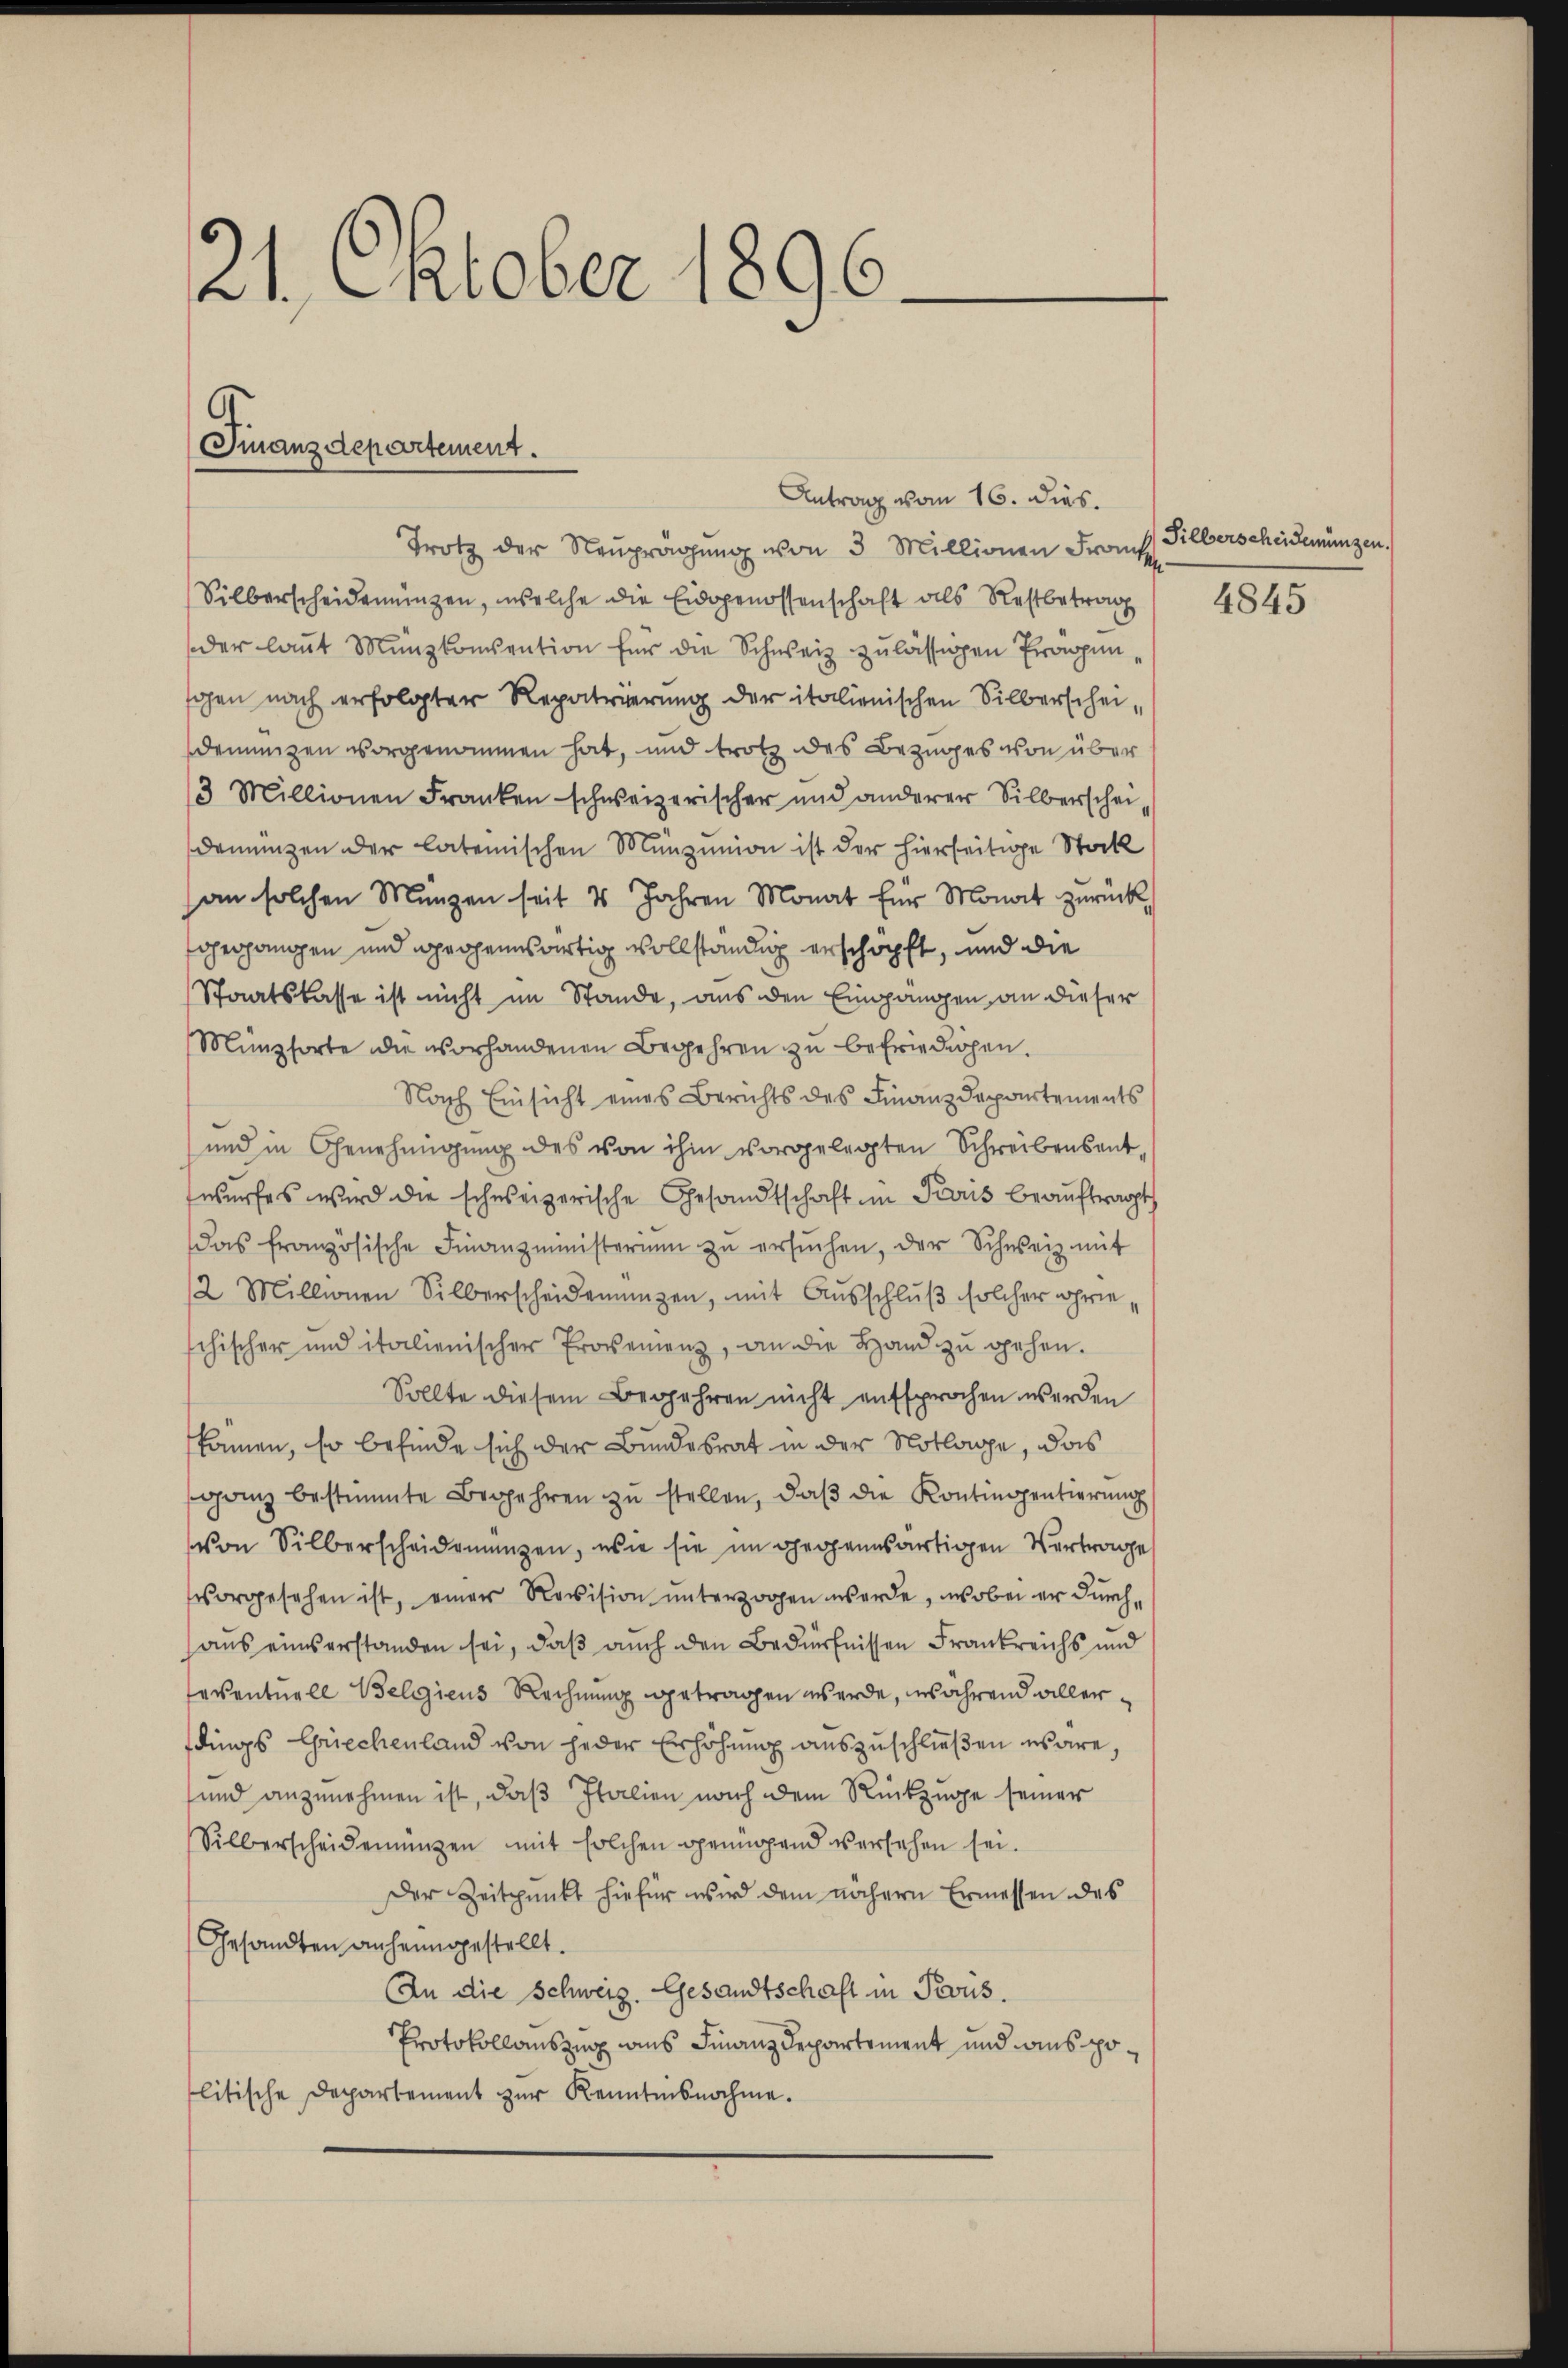
21. Oktober 1896.

Finanzdepartement.

Antrag vom 16. dies.
Trotz der Neŭpragŭng von 3 Millionen Franz Silberscheidemünzen,
Silberscheidenungen, welche die Eidgenossenschaft als Restbetrag
der laŭt Münzkonsention für die Schweiz zulässigen Propen
gen nach erfolgter Repatrierung der italienischen Silberscheidemunzen vorgenommen hat, und trotz des Bezuges von über
3 Millionen Franken schweizerischer und anderer Silberschei
demünzen der latemischen Munzinion ist der hierseitige Stock
an solchen Münzen seit 4 Jahren Monat für Monat zurück-
oproponien und prochenwärtig vollständig erschöpft, und die
Staatslasse ist nicht im Stande, aus den Eingangen, an dieser
Münzsorte die vorhandenen Begehren zu befriedergen.
Nach Einsicht eines Berichts des Finanzdepartements
und in Genehmigŭng des von ihm vorgelegten Schreibensent-
swurfes wird die schweizerische Gesandtschaft im Paris beaŭftragt
das französische Finanzministerium zŭ ersŭchen, der Schweiz mit
12. Millionen Silberscheidemünzen, mit Ausschluß solcher ihre
schischer und italienischer Provenienz, an die Hand zŭ gehen.
Sollte diesem Begehren nicht entsprochen werden
kamen, so befinde sich der Bundesrat in der Notlage, das
ganz bestimmte Begehren zŭ stellen, daβ die Kontingentierung
von Silberscheidemanzen, wie sie im gegensartigen Vertrage
vorgesehen ist, einer Revision ŭnterzogen werde, wobei er durch,
aus einserstanden sei, daß auch den Bedürfnissen Frankreichs und
seventuell Belgiens Rechnung getragen werde, während allerdings Griechenland von jeder Erhöhung auszuschließen wäre,
und anzunehmen ist, daß Italien nach dem Rückzuge seiner
Silberscheidenŭngen mit solchen genügend versehen sei.
Der Zeitpunkt hiefür wird dem nähern Ermessen des
Gesandten anheimgestellt.
An die Schweiz. Gesandtschaft in Pers.
Protokollauszug aus Finanzdepartement und ins politische Departement zur Kenntnisnahme.

4845